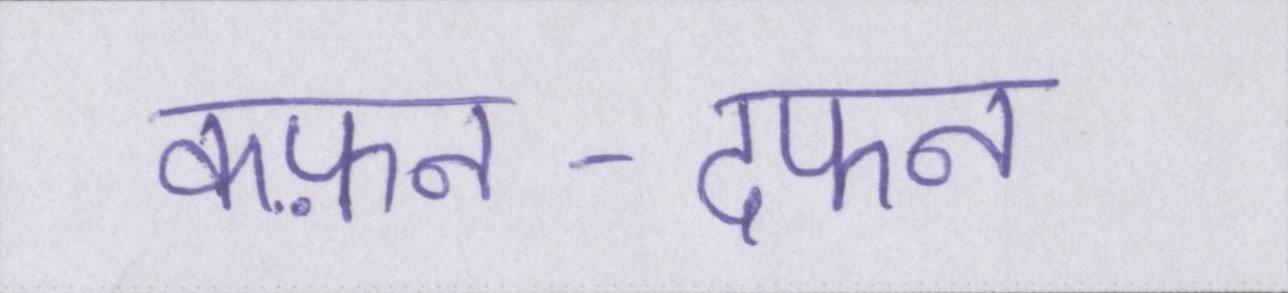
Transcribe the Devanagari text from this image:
कफ़न-दफन